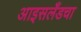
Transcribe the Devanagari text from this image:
आइसलँडचा